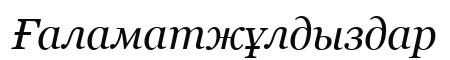
Ғаламатжұлдыздар